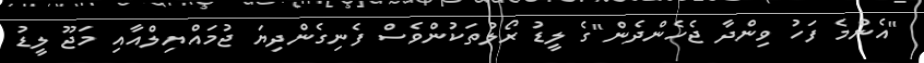
"އެންމެ ފަހު ވިންދާ ޖެހެންދެން"ގެ ލީޑު ރޯލުތަކުންވެސް ފެނިގެންދިޔަ ޖުމައްޔިލްއާއި މަޖޫ ލީޑު